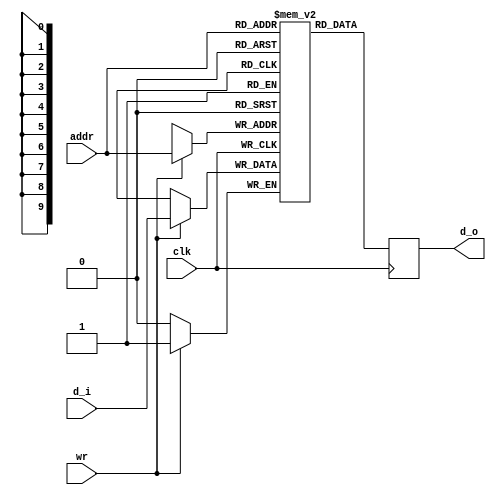
module mem_disp
(
   clk,
   wr,
   addr,
   d_i,
   d_o
);

   input          clk;
   input          wr;
   input [9:0]    addr;
   input          d_i;
   output reg     d_o;
   
   reg            mem   [1023:0];


   always @ (posedge clk)
   begin
      if(wr)
         mem[addr]   <= d_i;
      d_o  <=  mem[addr];
  end
endmodule